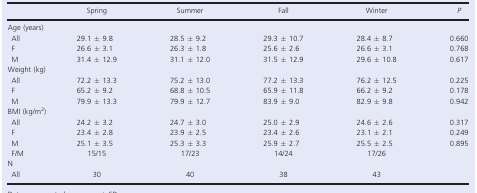
<table><thead><tr><td></td><td><b>Spring</b></td><td><b>Summer</b></td><td><b>Fall</b></td><td><b>Winter</b></td><td><b><i>P</i></b></td></tr></thead><tbody><tr><td colspan="6">Age (years)</td></tr><tr><td> All</td><td>29.1 ± 9.8</td><td>28.5 ± 9.2</td><td>29.3 ± 10.7</td><td>28.4 ± 8.7</td><td>0.660</td></tr><tr><td> F</td><td>26.6 ± 3.1</td><td>26.3 ± 1.8</td><td>25.6 ± 2.6</td><td>26.6 ± 3.1</td><td>0.768</td></tr><tr><td> M</td><td>31.4 ± 12.9</td><td>31.1 ± 12.0</td><td>31.5 ± 12.9</td><td>29.6 ± 10.8</td><td>0.617</td></tr><tr><td colspan="6">Weight (kg)</td></tr><tr><td> All</td><td>72.2 ± 13.3</td><td>75.2 ± 13.0</td><td>77.2 ± 13.3</td><td>76.2 ± 12.5</td><td>0.225</td></tr><tr><td> F</td><td>65.2 ± 9.2</td><td>68.8 ± 10.5</td><td>65.9 ± 11.8</td><td>66.2 ± 9.2</td><td>0.178</td></tr><tr><td> M</td><td>79.9 ± 13.3</td><td>79.9 ± 12.7</td><td>83.9 ± 9.0</td><td>82.9 ± 9.8</td><td>0.942</td></tr><tr><td colspan="6">BMI (kg/m<sup>2</sup>)</td></tr><tr><td> All</td><td>24.2 ± 3.2</td><td>24.7 ± 3.0</td><td>25.0 ± 2.9</td><td>24.6 ± 2.6</td><td>0.317</td></tr><tr><td> F</td><td>23.4 ± 2.8</td><td>23.9 ± 2.5</td><td>23.4 ± 2.6</td><td>23.1 ± 2.1</td><td>0.249</td></tr><tr><td> M</td><td>25.1 ± 3.5</td><td>25.3 ± 3.3</td><td>25.9 ± 2.7</td><td>25.5 ± 2.5</td><td>0.895</td></tr><tr><td> F/M</td><td>15/15</td><td>17/23</td><td>14/24</td><td>17/26</td><td></td></tr><tr><td colspan="6">N</td></tr><tr><td> All</td><td>30</td><td>40</td><td>38</td><td>43</td><td></td></tr></tbody></table>